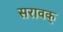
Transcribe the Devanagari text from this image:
सरावक्